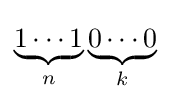
\underbrace {1\cdots 1} _{n}\underbrace {0\cdots 0} _{k}